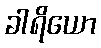
ခါရိယော